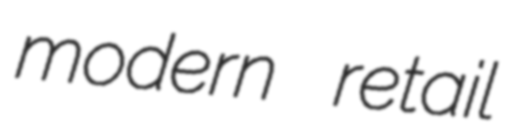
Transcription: modern retail